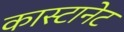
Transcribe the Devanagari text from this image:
कास्टानेट